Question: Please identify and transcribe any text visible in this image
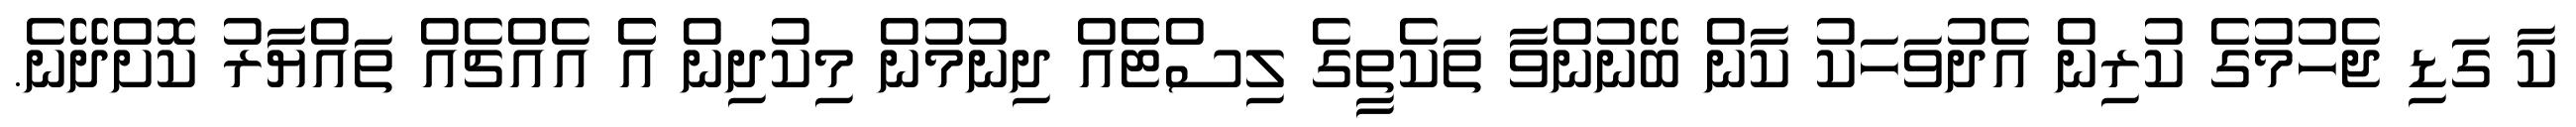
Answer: ކާ ގަޑި ޖެހުމުގެ ކުރިން އެދުވަހަކު ކާން ބޭނުންވާ ތަކެތީގެ ލިސްޓެެއް ދިނުމުން މިކުދިން އެެ އެއްޗެއް ތައްޔާރު ކޮށްދޭނެ.